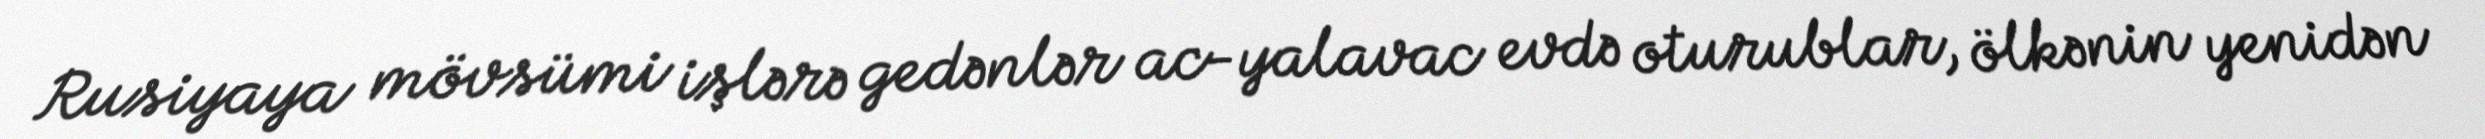
Rusiyaya mövsümi işlərə gedənlər ac-yalavac evdə oturublar, ölkənin yenidən